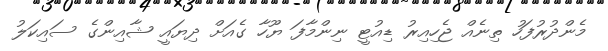
މެންދުރުފަހު ތިނެއް ޖެހިއިރު ޑިއުޓީ ނިންމާފަ ޔޫހާ ގެއަށް ދިޔައީ ޝާއިންގެ ސައިކަލު